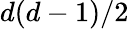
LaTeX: d(d-1)/2